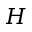
H